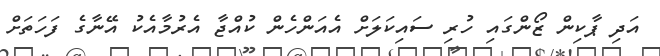
އަދި ޕާކިން ޒޯންގައި ހުރި ސައިކަލަށް އެއަންހެން ކުއްޖާ އެރުމާއެކު އޭނާގެ ފަހަތަށް